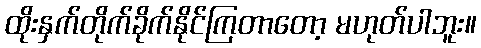
ထိုးနှက်တိုက်ခိုက်နိုင်ကြတာတော့ မဟုတ်ပါဘူး။